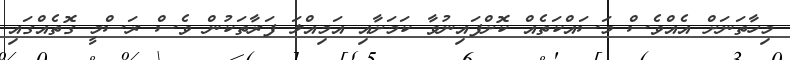
މިހާތަނަށް އެއްވެސް މަސައްކަތެއް ކޮށްފައިނުވާ ކަމަށާއި އަމިއްލަ ފަރާތަކުން ވެސް ރަސްމީ ގޮތެއްގައި